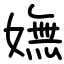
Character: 嫵